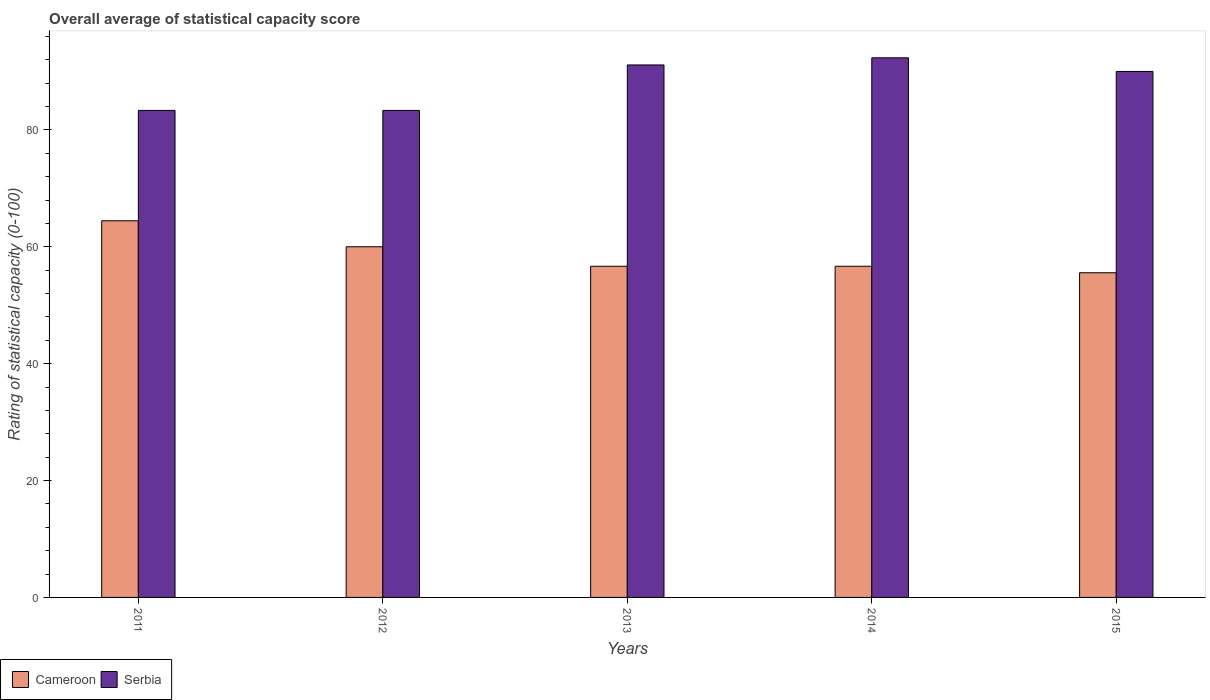
| Years | Cameroon | Serbia |
 | --- | --- | --- |
 | 2011 | 64.4 | 83.3 |
 | 2012 | 60 | 83.3 |
 | 2013 | 56.7 | 91.1 |
 | 2014 | 56.7 | 92.3 |
 | 2015 | 55.6 | 90 |